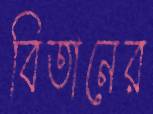
বিতানের